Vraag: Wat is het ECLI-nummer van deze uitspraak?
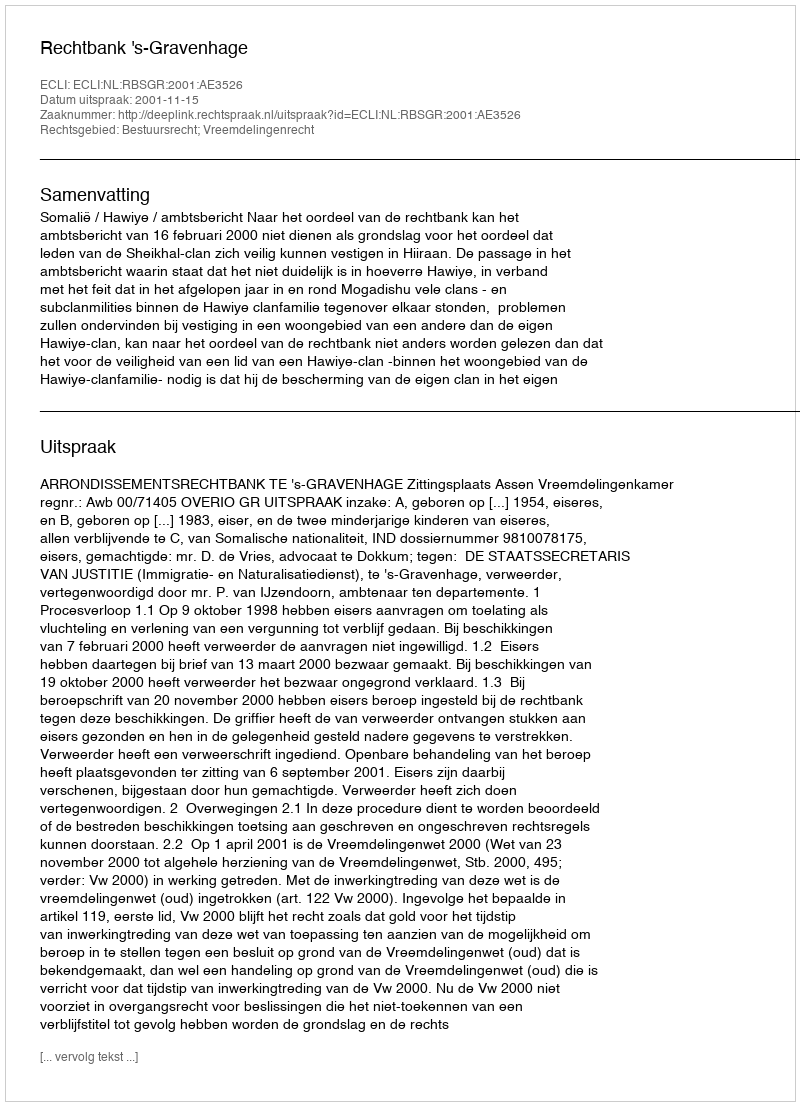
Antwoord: ECLI:NL:RBSGR:2001:AE3526